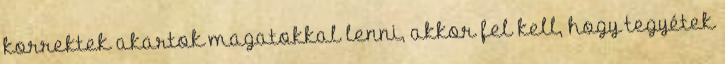
korrektek akartok magatokkal lenni, akkor fel kell, hogy tegyétek